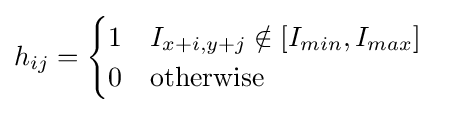
h_{ij}={\begin{cases}1\quad I_{x+i,y+j}\notin [I_{min},I_{max}]\\0\quad {\text{otherwise}}\end{cases}}